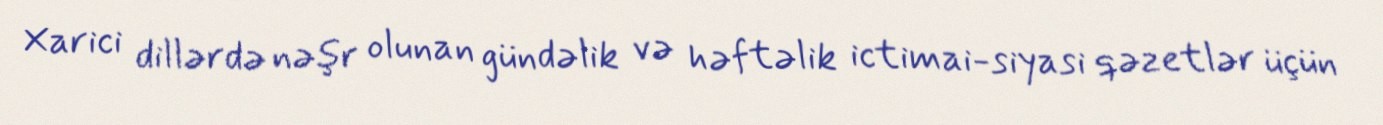
Xarici dillərdə nəşr olunan gündəlik və həftəlik ictimai-siyasi qəzetlər üçün